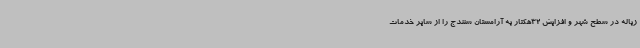
زباله در سطح شهر و افزایش 32هکتار به آرامستان سنندج را از سایر خدمات